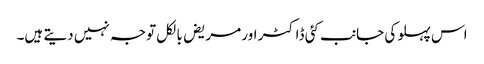
اس پہلو کی جانب کئی ڈاکٹر اور مریض بالکل توجہ نہیں دیتے ہیں۔